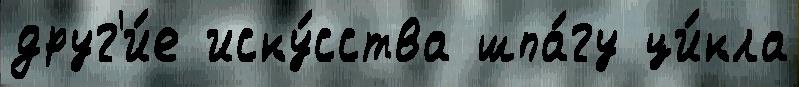
друг'и́е иску́сства шпа́гу ци́кла